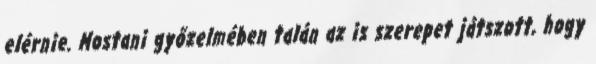
elérnie. Mostani győzelmében talán az is szerepet játszott, hogy